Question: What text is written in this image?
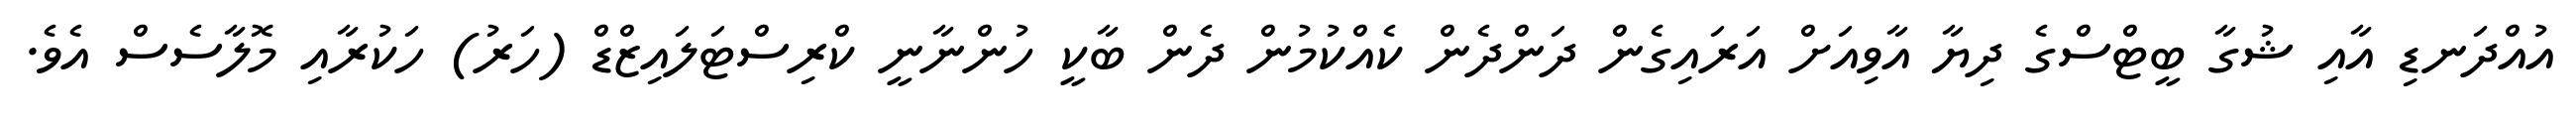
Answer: އުއްދަނޑި އާއި ޝުގާ ބީޓްސްގެ ދިޔާ އާވިއަށް އަރައިގެން ދަންދެން ކެއްކުމުން ދެން ބާކީ ހުންނާނީ ކްރިސްޓަލައިޒްޑް (ހަރު) ހަކުރާއި މޮލާސެސް އެވެ.